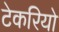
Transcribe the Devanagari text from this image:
टेकरियो